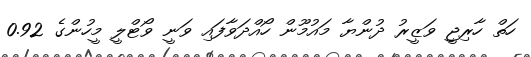
ހަތް ހާރިޖީ ވަޒީރު ދުންޔާ މައުމޫން ހޯއްދަވާފައި ވަނީ ވޯޓްލީ މީހުންގެ 0.92